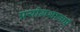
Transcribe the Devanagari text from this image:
प्रयोगशालाऍं